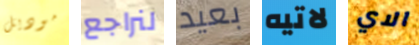
موديل لنراجع بعيد لاتيه الاي